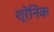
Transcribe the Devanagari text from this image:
श्रेनिक